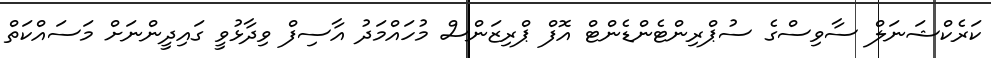
ކަރެކްޝަނަލް ސާވިސްގެ ސުޕްރިންޓެންޑެންޓް އޮފް ޕްރިޒަންސް މުހައްމަދު އާސިފް ވިދާޅުވީ ގައިދީންނަށް މަސައްކަތް